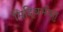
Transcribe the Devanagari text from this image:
सिद्धिर्भवतु